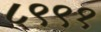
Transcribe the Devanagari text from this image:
८९९१